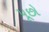
પૂછો